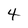
Character: 4